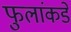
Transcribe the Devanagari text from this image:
फुलांकडे